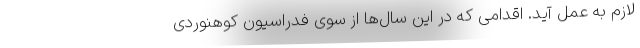
لازم به عمل آید. اقدامی که در این سال‌ها از سوی فدراسیون کوهنوردی